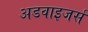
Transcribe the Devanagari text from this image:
अडवाइजर्स